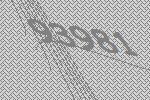
93981